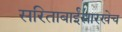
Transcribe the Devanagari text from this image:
सरिताबाईंसारखेच